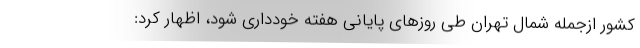
کشور ازجمله شمال تهران طی روزهای پایانی هفته خودداری شود، اظهار کرد: